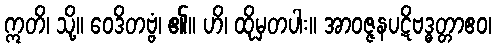
ဣတိ၊ သို့။ ဝေဒိတဗ္ဗံ၊ ၏။ ဟိ၊ ထိုမှတပါး။ အာဝဇ္ဇနပဋိဗဒ္ဓတ္တာဧဝ၊